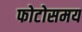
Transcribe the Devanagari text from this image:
फोटोसमय